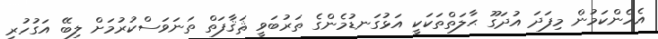
އެހެންކަމުން މިފަދަ އުދަގޫ ޙާލަތްތަކަކީ އަޅުގަނޑުމެންގެ ތަރުބަވީ ޘަޤާފަތް ތަނަވަސްކުރުމަށް ލިބޭ އަގުހުރި